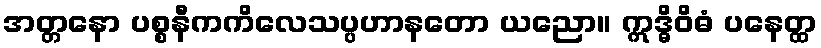
အတ္တနော ပစ္စနီကကိလေသပ္ပဟာနတော ယညော။ ဣဒ္ဓိဝိဓံ ပနေတ္ထ